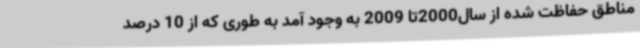
مناطق حفاظت شده از سال2000تا 2009 به وجود آمد به طوری که از 10 درصد